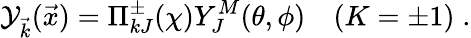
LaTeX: {\cal Y}_{\vec{k}}(\vec{x})=\Pi_{kJ}^{\pm}(\chi)Y_{J}^{M}(\theta,\phi)\quad(K=\pm 1)\; .